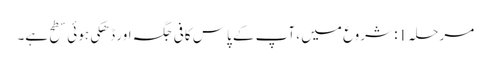
مرحلہ 1: شروع میں ، آپ کے پاس کافی جگہ اور ڈھکی ہوئی سطح ہے۔